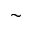
\sim